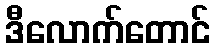
ဒီလောက်တောင်